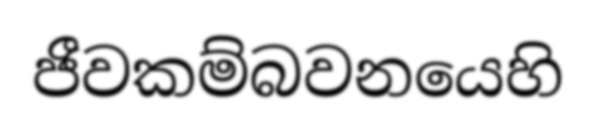
ජීවකම්බවනයෙහි